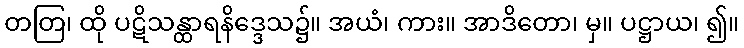
တတြ၊ ထို ပဋိသန္ထာရနိဒ္ဒေသ၌။ အယံ၊ ကား။ အာဒိတော၊ မှ။ ပဋ္ဌာယ၊ ၍။